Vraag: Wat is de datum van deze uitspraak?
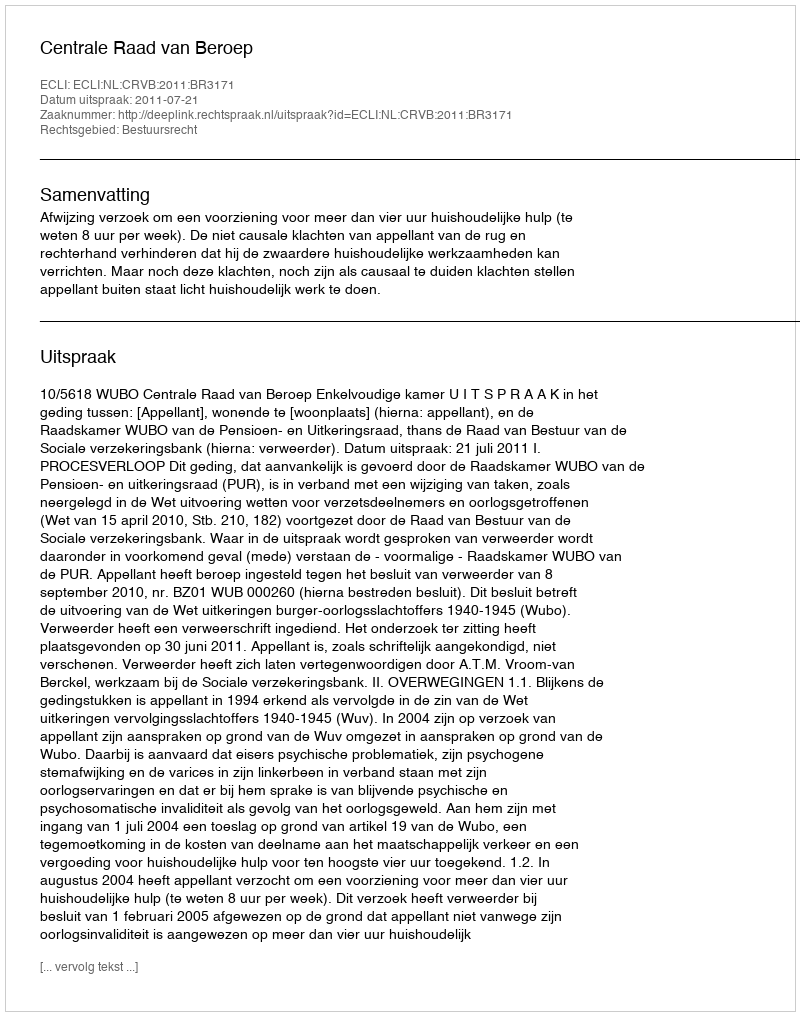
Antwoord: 2011-07-21